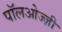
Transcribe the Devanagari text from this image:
पॉलओज्ज़ी